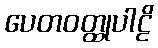
ပေတဝတ္ထုပါဠိ